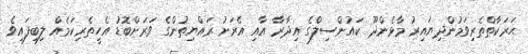
ޙަރަކާތްތެރިވަމުންދިޔައިރު މާޅެންދޫ ކައުންސިލްގެ އިދާރާ އާއި އެރަށު ރައްޔިތުންގެ ވަރަށްބޮޑު އެހީތެރިކަމެއް ލިބިފައިވެ